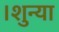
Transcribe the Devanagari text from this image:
।शुन्या